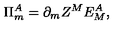
\Pi _ { m } ^ { A } = \partial _ { m } Z ^ { M } E _ { M } ^ { A } ,